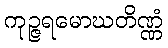
ကုဉ္ဇရမောဃတိဏ္ဏံ